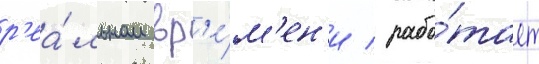
р'еа́льном вр'е́м'ен'и / рабо́тает